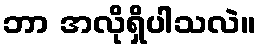
ဘာ အလိုရှိပါသလဲ။